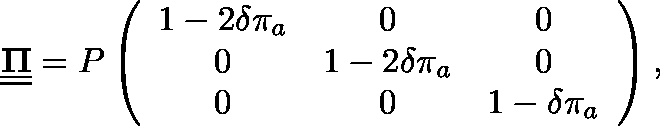
\underline { { \underline { { \mathbf { \Pi } } } } } = P \left( \begin{array} { c c c } { 1 - 2 \delta \pi _ { a } } & { 0 } & { 0 } \\ { 0 } & { 1 - 2 \delta \pi _ { a } } & { 0 } \\ { 0 } & { 0 } & { 1 - \delta \pi _ { a } } \end{array} \right) ,